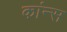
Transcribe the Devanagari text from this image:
कांन्स